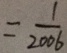
= \frac { 1 } { 2 0 0 6 }